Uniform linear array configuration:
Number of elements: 8
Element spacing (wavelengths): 1
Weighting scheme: hamming
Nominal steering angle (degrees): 30
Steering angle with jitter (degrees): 30.662
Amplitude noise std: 0.05
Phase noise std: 0.05

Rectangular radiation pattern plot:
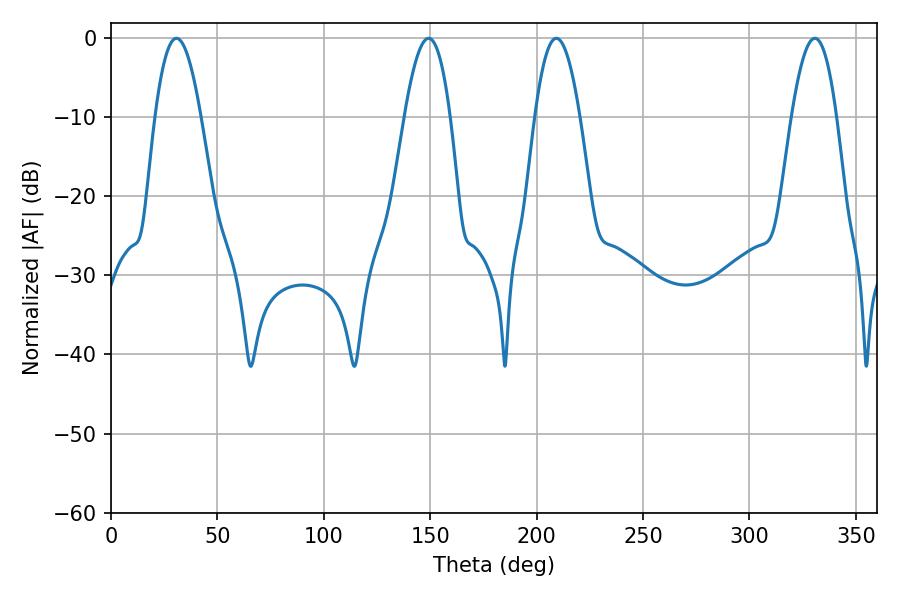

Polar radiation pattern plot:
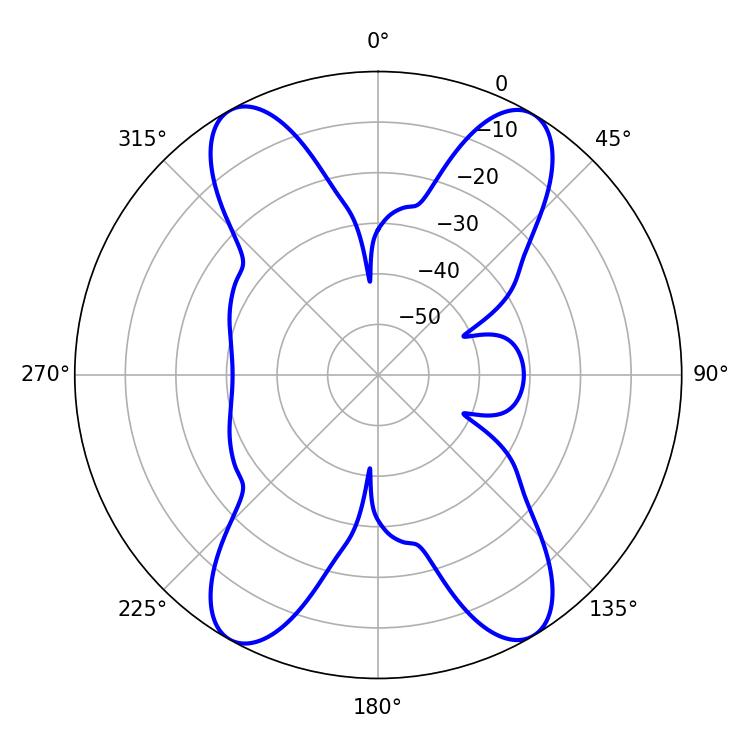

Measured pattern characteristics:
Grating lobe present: TRUE
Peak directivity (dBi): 21.552
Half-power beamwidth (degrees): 11.88
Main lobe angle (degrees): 30.78